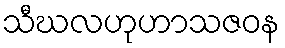
သီဃလဟုဟာသဇဝန